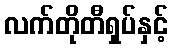
လက်တိုတီရှပ်နှင့်